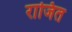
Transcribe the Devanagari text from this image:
राजित